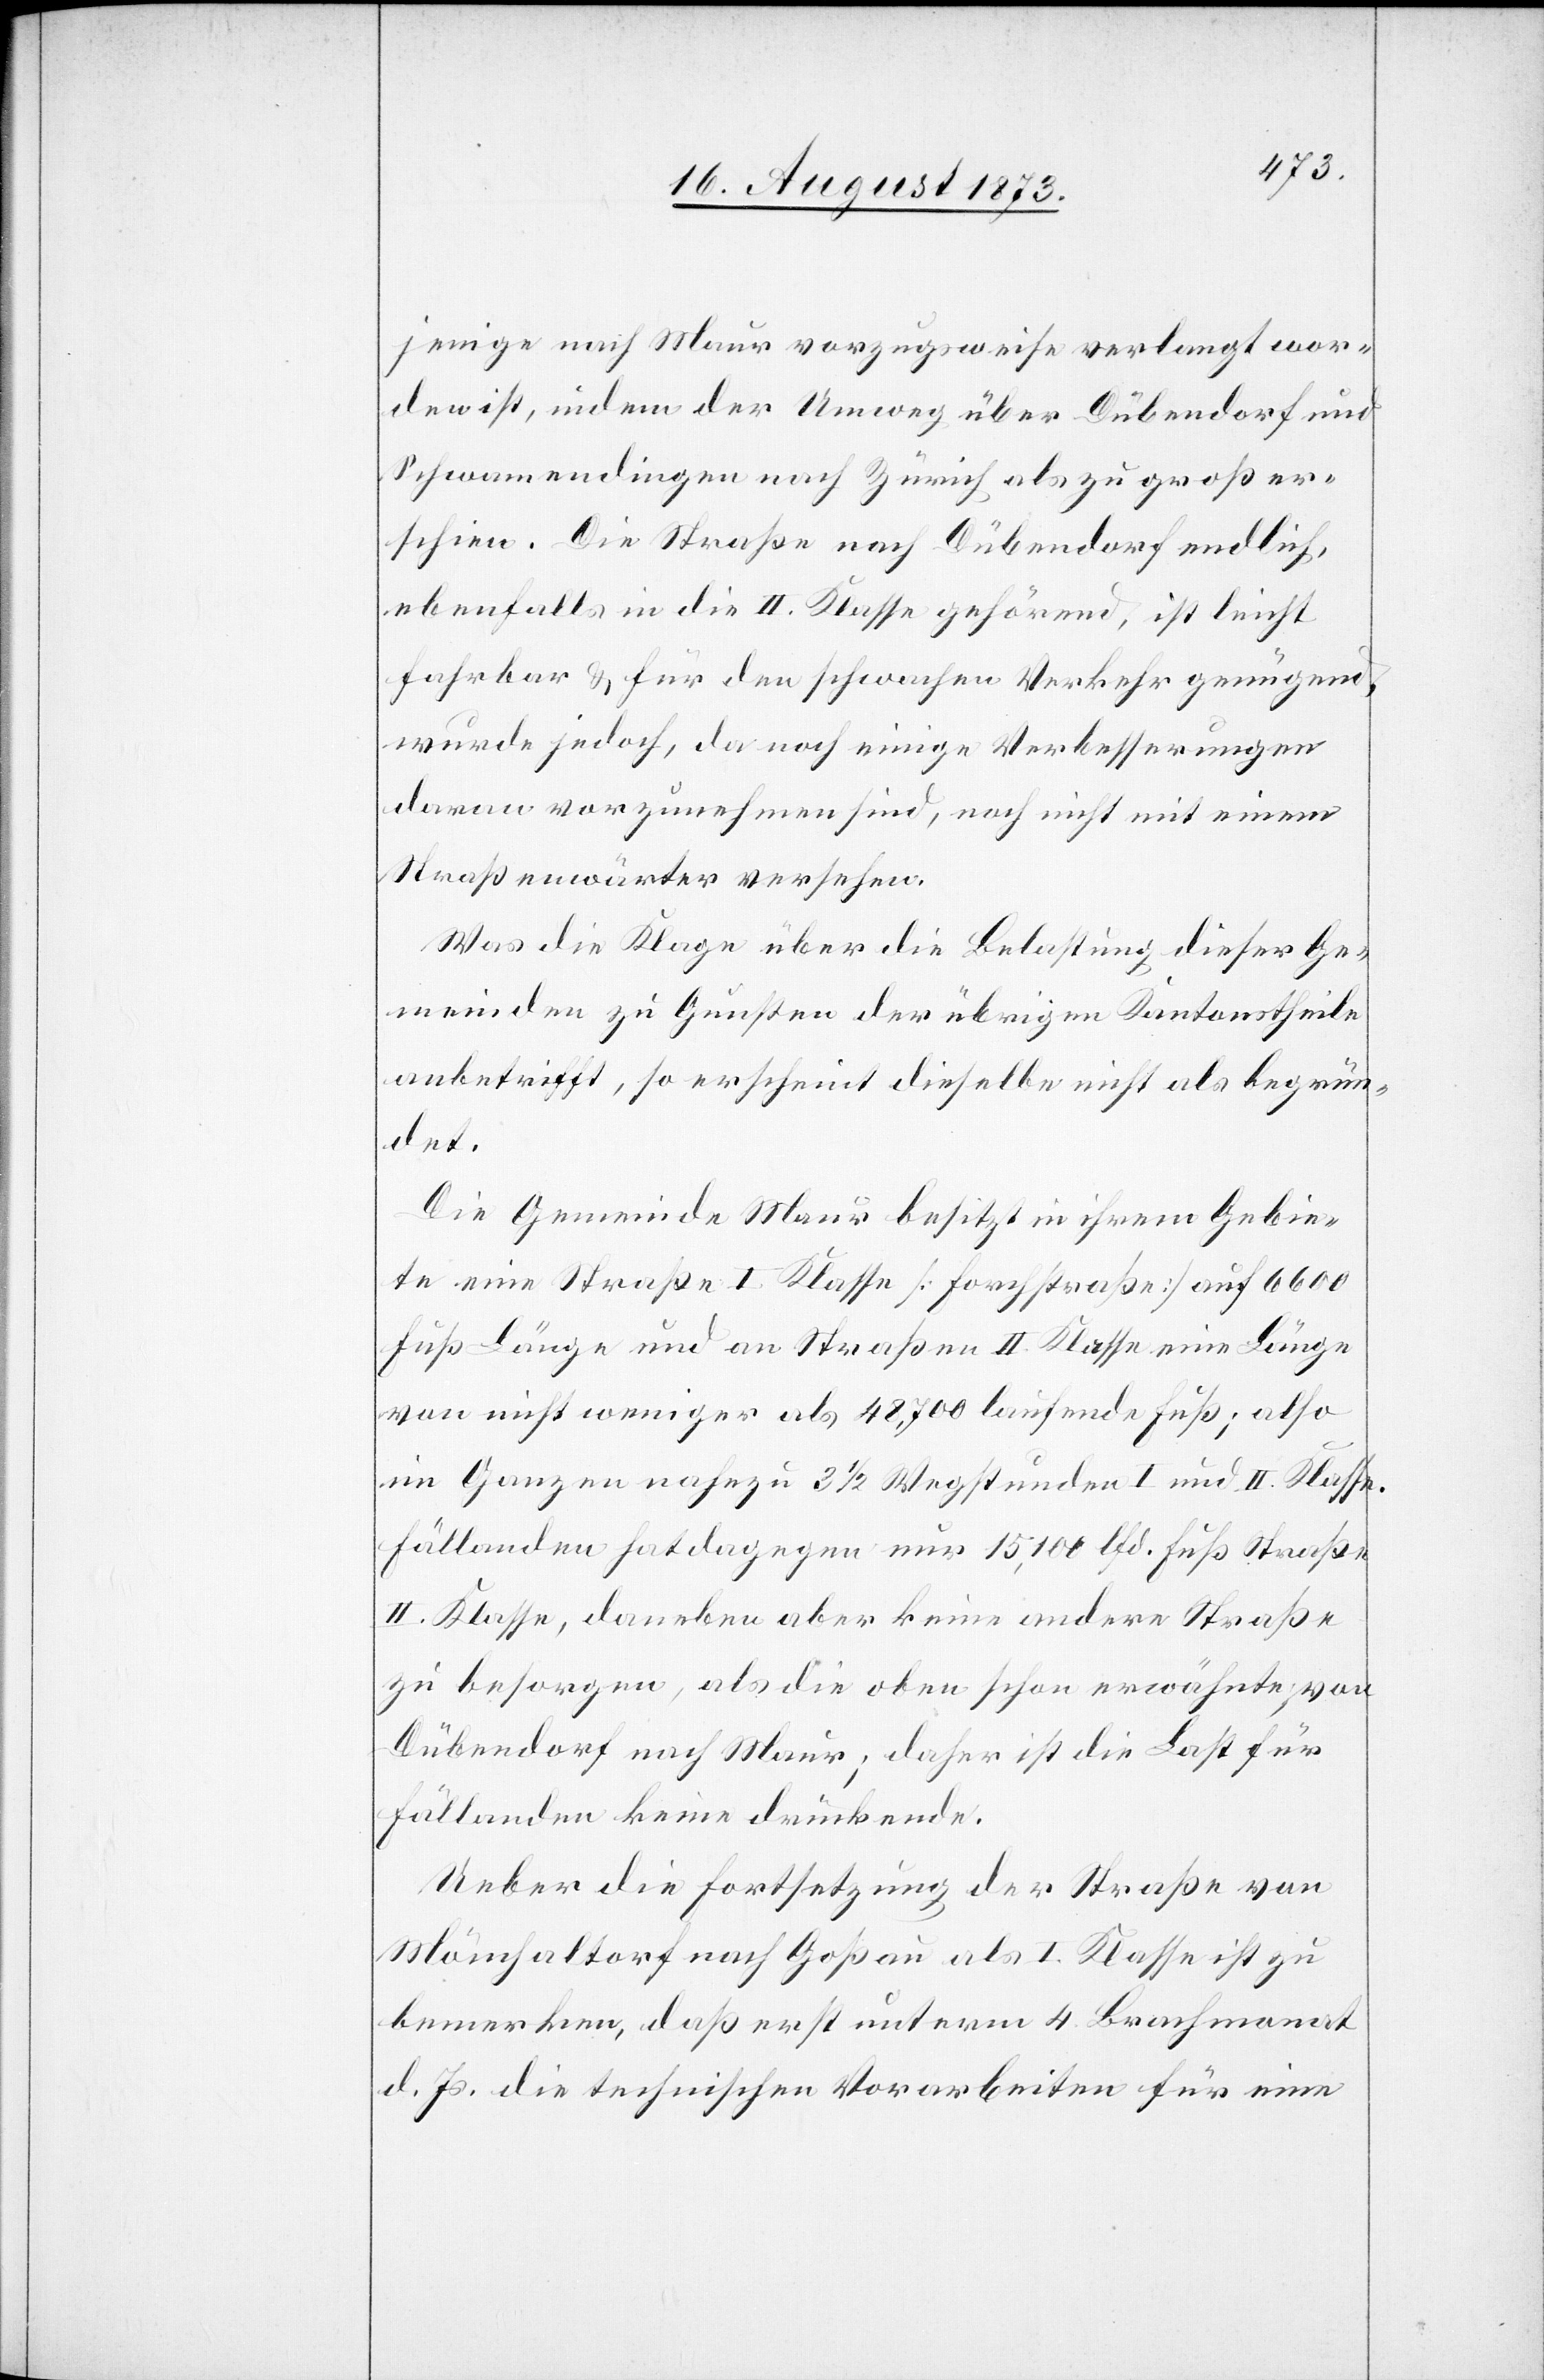
jenige nach Maur vorzugsweise verlangt wor¬
den ist, indem der Umweg über Dübendorf und
Schwamendingen nach Zürich als zu groß er¬
schien. Die Straße nach Dübendorf endlich,
ebenfalls in die II. Klasse gehörend, ist leicht
fahrbar & für den schwachen Verkehr genügend,
wurde jedoch, da noch einige Verbesserungen
daran vorzunehmen sind, noch nicht mit einem
Straßenwärter versehen.
Was die Klage über die Belastung dieser Ge¬
meinden zu Gunsten der übrigen Kantonstheile
anbetrifft, so erscheint dieselbe nicht als begrün¬
det.
Die Gemeinde Maur besitzt in ihrem Gebie¬
te eine Straße I. Klasse [Forchstraße] auf 6 600
Fuß Länge und an Straßen II. Klasse eine Länge
von nicht weniger als 48,700 laufende Fuß; also
im Ganzen nahezu 3 1/2 Wegstunden I und II. Klasse.
Fällanden hat dagegen nur 15,100 lfd. Fuß Straße
II. Klasse, daneben aber keine andere Straße
zu besorgen, als die oben schon erwähnte, von
Dübendorf nach Maur; daher ist die Last für
Fällanden keine drückende.
Ueber die Fortsetzung der Straße von
Mönchaltorf nach Goßau als I. Klasse ist zu
bemerken, daß erst unterm 4. Brachmonat
d. Js. die technischen Vorarbeiten für eine